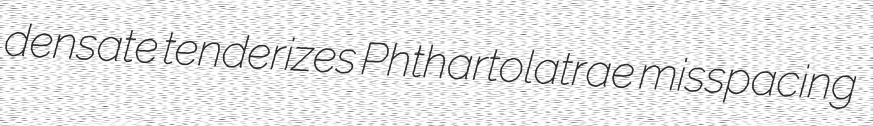
densate tenderizes Phthartolatrae misspacing